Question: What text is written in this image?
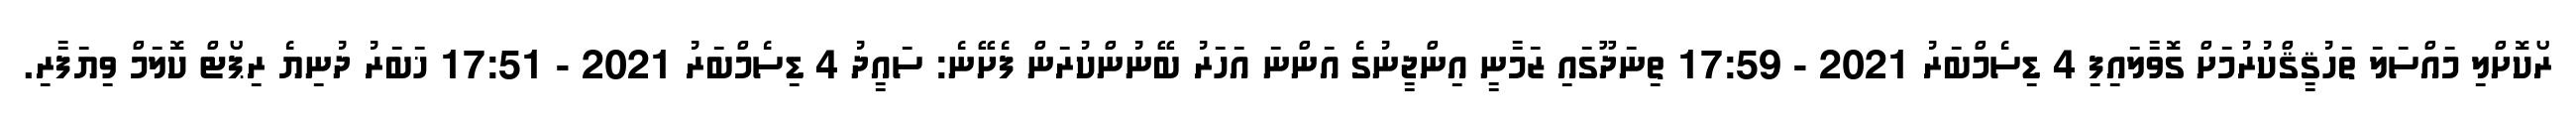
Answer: ރޯކޮށްލި މައްސަލަ ތަހުޤީޤްކުރުމަށް ގޮވާލައިފި 4 ޑިސެމްބަރު 2021 - 17:59 ތިނަދޫގައި ޒަމާނީ އިންޖީނުގެ އަންނަ އަހަރު ބޭނުންކުރަން ފެށޭނެ: ސައީދު 4 ޑިސެމްބަރު 2021 - 17:51 ޚަބަރު ދުނިޔެ ރިޕޯޓް ކޮލަމް ވިޔަފާރި.